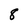
Character: 8